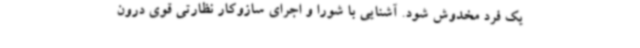
یک فرد مخدوش شود. آشنایی با شورا و اجرای سازوکار نظارتی قوی درون